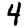
Digit: 4